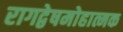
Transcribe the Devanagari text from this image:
रागद्वेषमोहात्मक